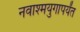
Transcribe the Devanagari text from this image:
नवाश्मयुगापर्यंत